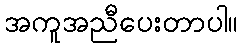
အကူအညီပေးတာပါ။